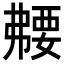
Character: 𫸻